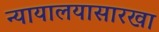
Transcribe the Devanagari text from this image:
न्यायालयासारखा